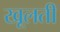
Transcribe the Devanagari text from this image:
खूलती